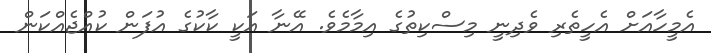
އެމީހާއަށް އެހީތެރި ވެދިނީ މިސްކިތުގެ އިމާމެވެ. އޭނާ އަކީ ކާކުގެ އުފަން ކުއްޖެއްކަން